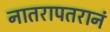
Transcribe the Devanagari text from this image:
नातरापतरानं